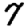
Digit: 7